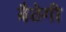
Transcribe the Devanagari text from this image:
बैठेगी